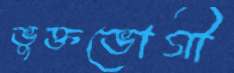
ভুক্তভোগী